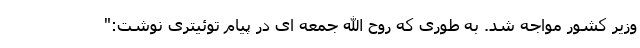
وزیر کشور مواجه شد. به طوری که روح الله جمعه ای در پیام توئیتری نوشت:"